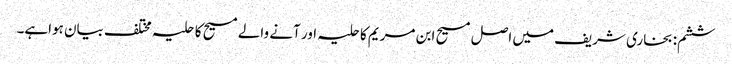
ششم: بخاری شریف میں اصل مسیح ابن مریم کاحلیہ اور آنے والے مسیح کا حلیہ مختلف بیان ہواہے۔